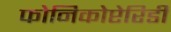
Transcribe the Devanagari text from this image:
फोनिकोप्टेरिडी